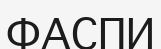
ФАСПИ